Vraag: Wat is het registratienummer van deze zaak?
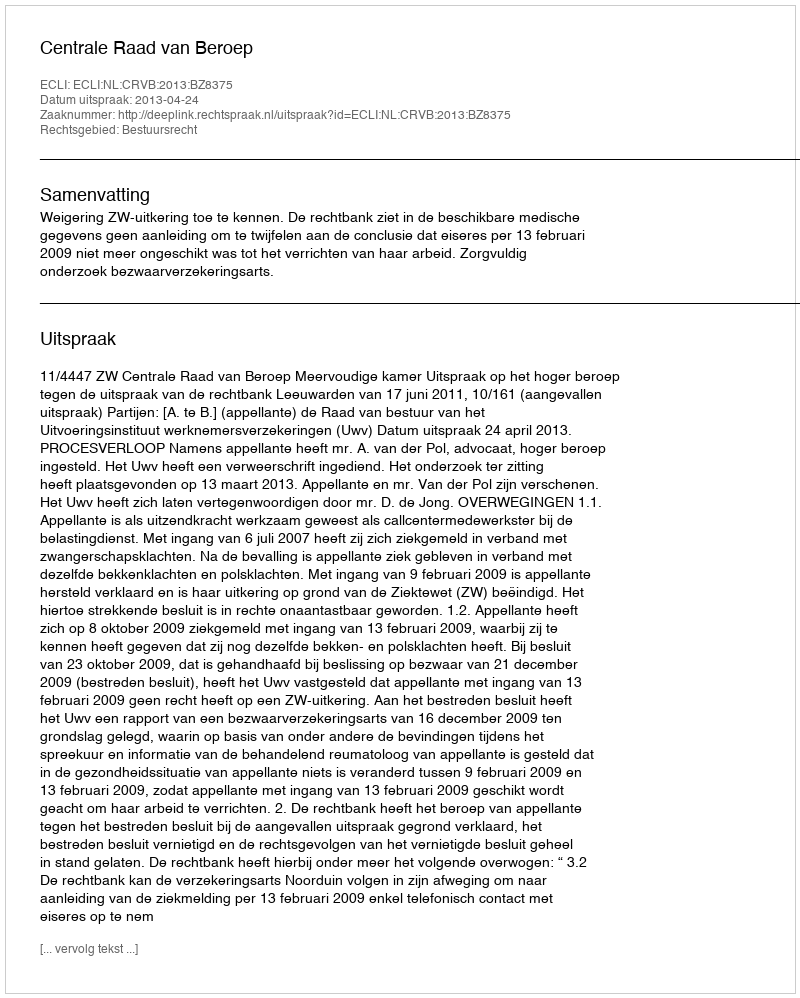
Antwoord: http://deeplink.rechtspraak.nl/uitspraak?id=ECLI:NL:CRVB:2013:BZ8375